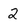
Character: 2